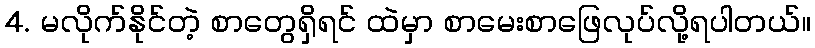
4. မလိုက်နိုင်တဲ့ စာတွေရှိရင် ထဲမှာ စာမေးစာဖြေလုပ်လို့ရပါတယ်။